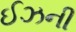
ઈઝની